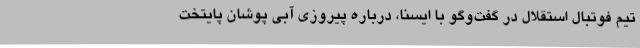
تیم فوتبال استقلال در گفت‌وگو با ایسنا، درباره پیروزی آبی پوشان پایتخت